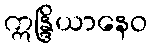
ဣန္ဒြိယာနေဝ